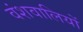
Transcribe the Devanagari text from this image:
वंशवालियों